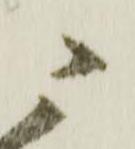
ニ